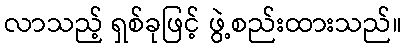
လာသည့် ရှစ်ခုဖြင့် ဖွဲ့စည်းထားသည်။